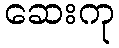
ဆေးကု